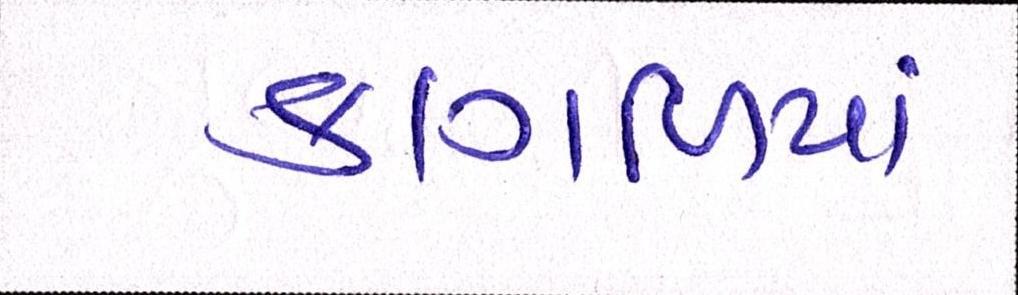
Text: કાગળિયાં